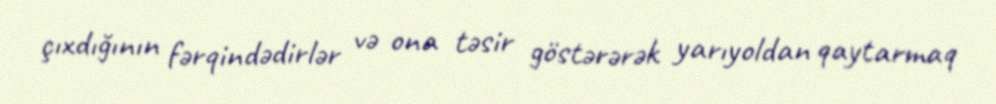
çıxdığının fərqindədirlər və ona təsir göstərərək yarıyoldan qaytarmaq